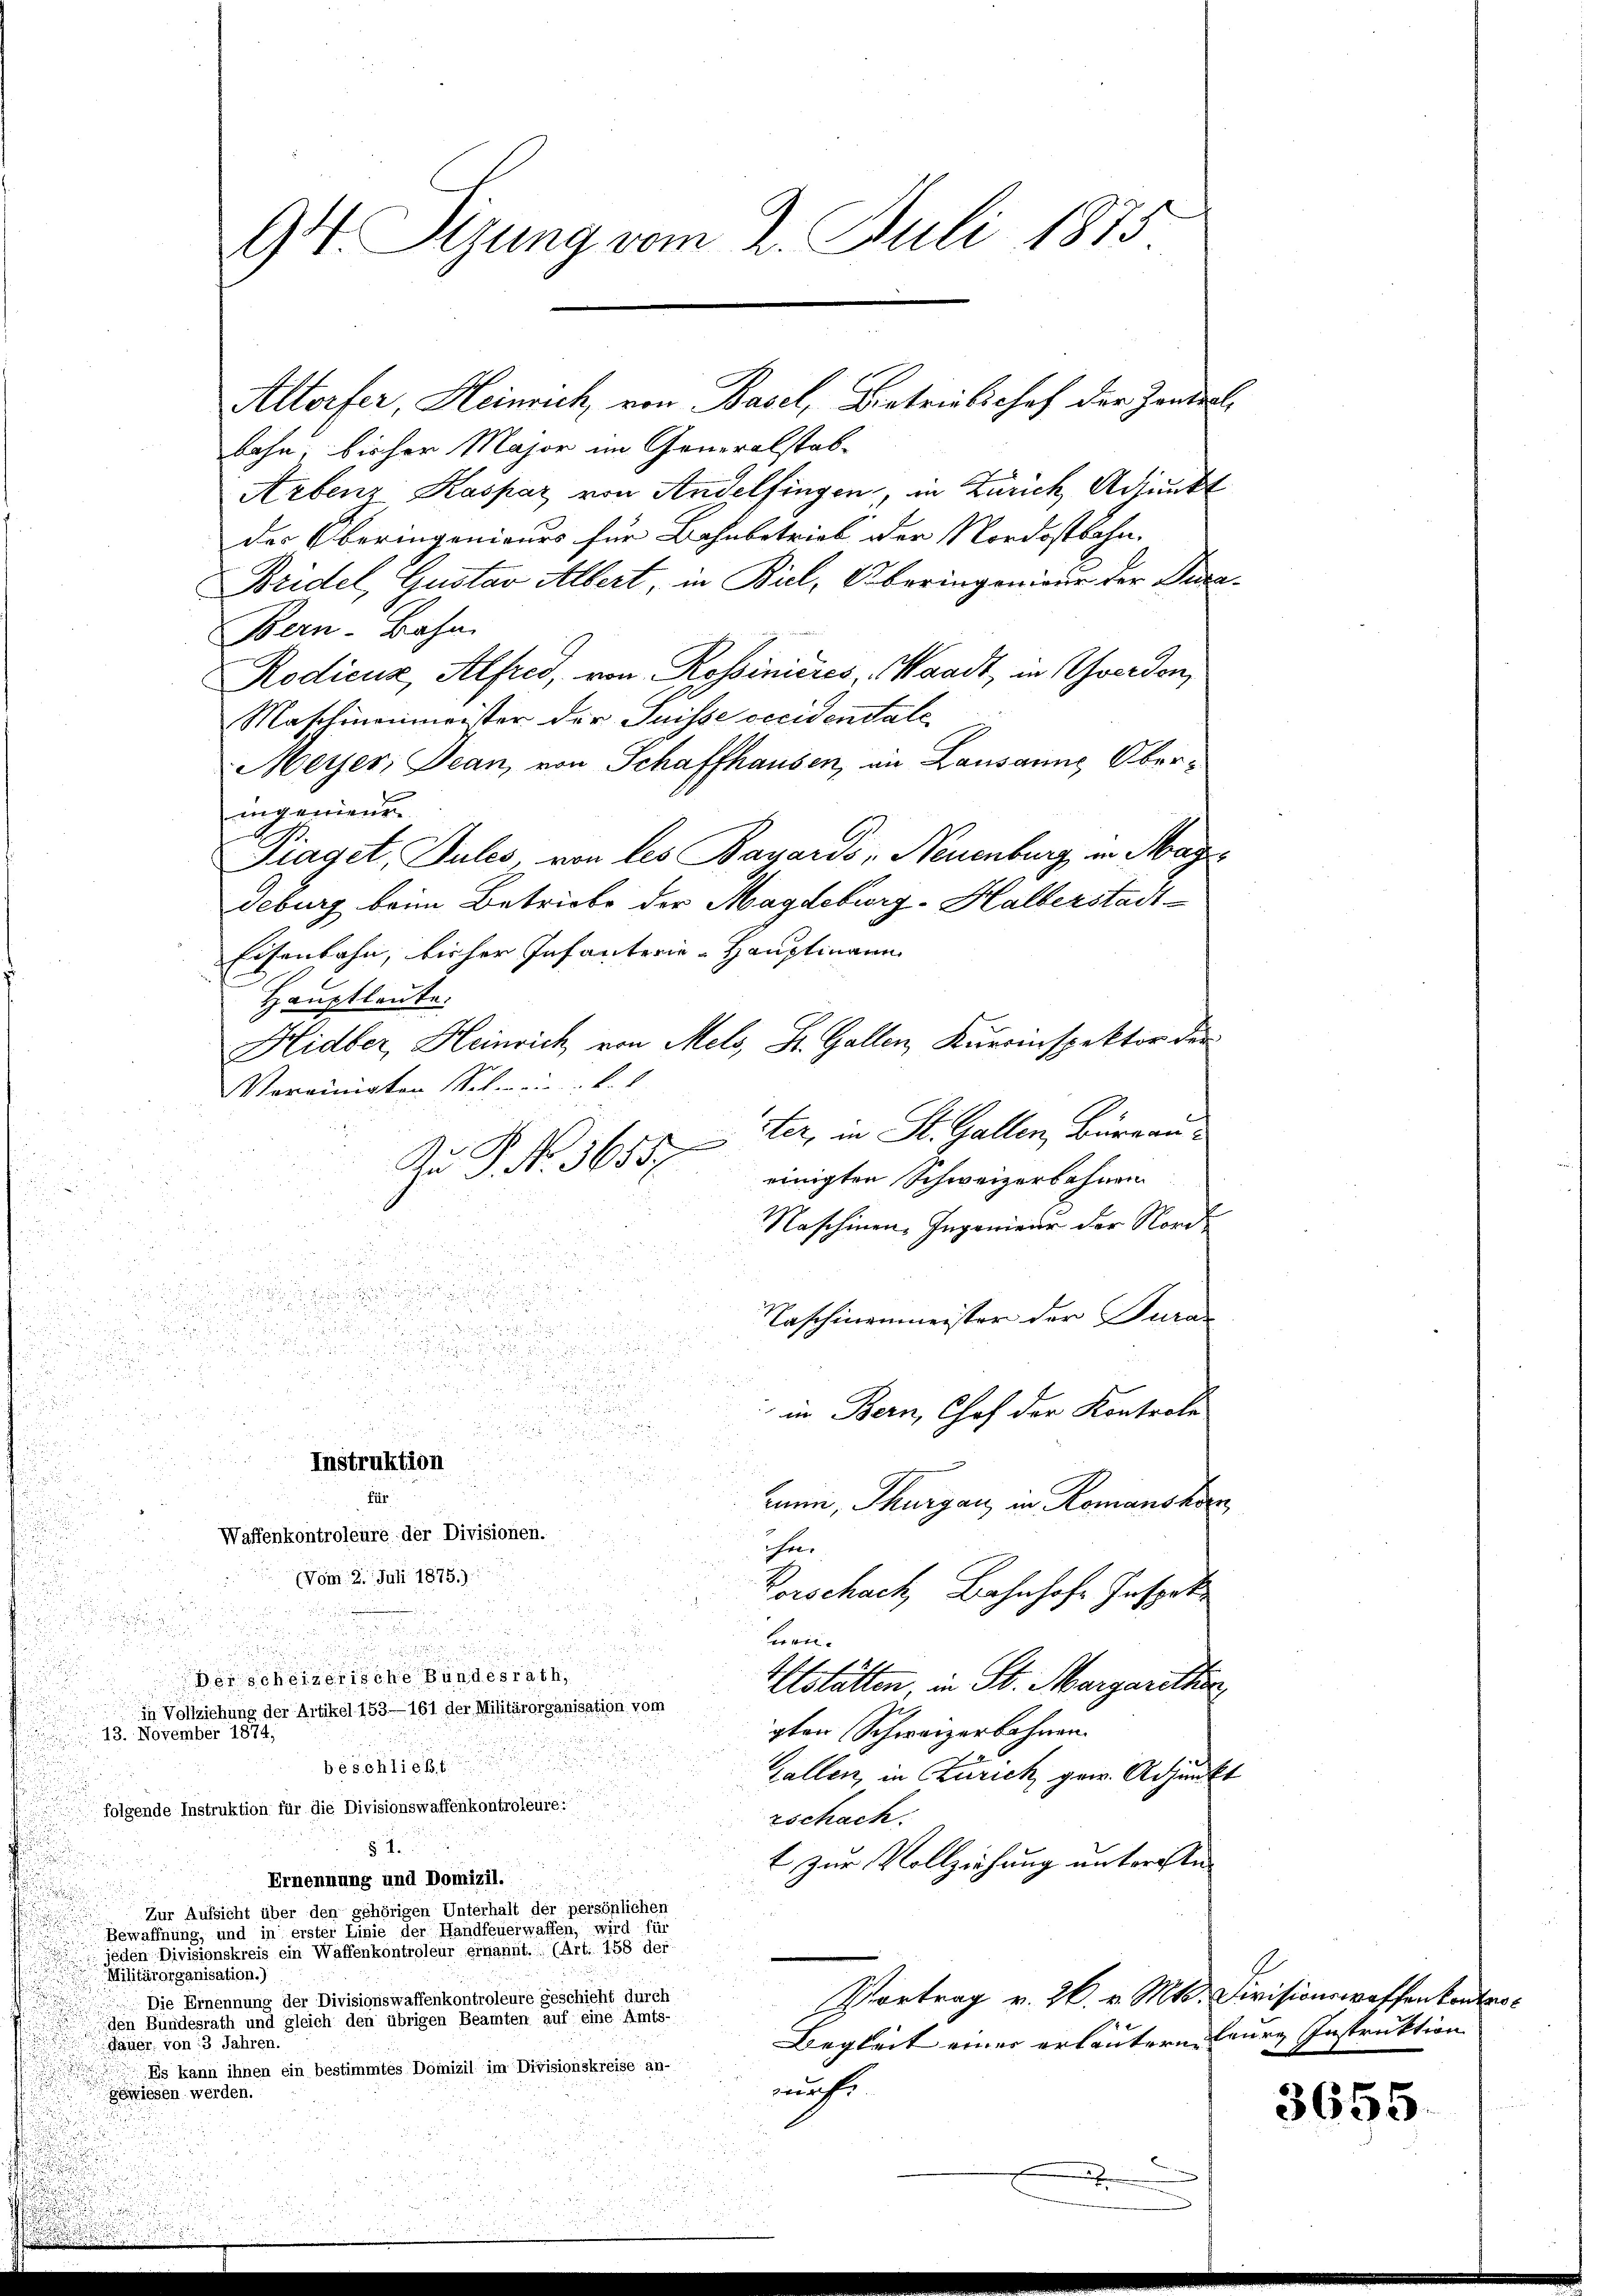
94. Sizung vom 2. Juli 1873

Altorfer, Heinrich, von Basel, Bertrielishof der Zandert,
bahn, bisher Major im Generalstab¬
Arbenz Kaspar von Andelfingen, in Zürich Adjunkt
des Oberingenieurs für Bahnbetrieb der Nordostbahn.
Bridel, Gustav Albert, in Bul, Oberingenieur der Deca¬
Bern-Bahn.
Rodicus, Alfred, von Rossinicres, Waadt, in verdon,
Maschinenmeister der Suisse occidentale
Meyer, Jean, von Schaffhausen, an Lausanne Oberingenieur
Piaget, Dules, von les Bayards, Neuenburg in Magi¬
Deburg beim Betriebe der Magdeburg-Halberstadt¬
Eisenbahn, bisher Infanterie-Hauptmann
Hauptleute.
Hidber, Heinrich von Mels, St. Gallen, Kuerinspektor der
Vereinigten Schwein Ver
ster, in St. Gallen, Büreau
e
d
Au P. Nr. 3655
einigten Schweizerbahnen

Naschinen Ingenieur der Nord

F

u
Naschinenmeister der Turan

¬
.
u
.

u
 in Bern, Chef der Kontrole
.
d

uu
Instruktion
für
mann, Thurgau, in Romanshorn
Waffenkontroleure der Divisionen.
he.
(Vom 2. Juli 1875.):
Vorschach, Bahnhofe Inspek
Levi
Der scheizerische Bundes
Ustätten in St. Margarither
in Vollziehung der Artikel 153—161 der Militä
gten Schweizerbahnen.
13. November 1874,
beschließt
Gallen, in Zürich gew. Adjunkt
folgende Instruktion für die Divisionswaffenkontroleurs
rschach.
§ 4
t zur Vollziehung untersste
Ernennung und Domizil.
Zur Aufsicht über den gehörigen Unterhalt der persönlichen
Bewaffnung, und in erster Linie der Handfeuerwaffen, wird für
jeden Divisionskreis ein Waffenkontroleur ernannt. (Art. 158 der
Militärorganisation.)
Vortrag v. 26. v. Mts. Divisionswaffen kontro¬
Die Ernennung der Divisionswaffenkontroleure geschieht durch
den Bundesrath und gleich den übrigen Beamten auf eine Amts-
Begleit eines erläutern heure Instruktion
dauer, von 13 Jahren.
Es kann ihnen ein bestimmtes Domizil im Divisionskreise an-
wurf
gewiesen werden.

x

3655.